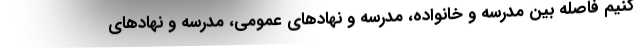
کنیم فاصله بین مدرسه و خانواده، مدرسه و نهادهای عمومی، مدرسه و نهادهای